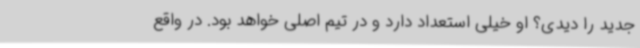
جدید را دیدی؟ او خیلی استعداد دارد و در تیم اصلی خواهد بود. در واقع